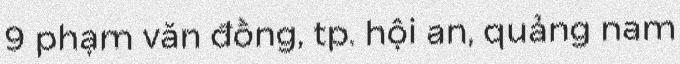
9 phạm văn đồng, tp. hội an, quảng nam